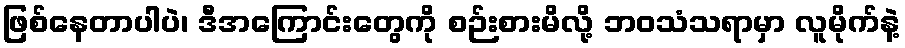
ဖြစ်နေတာပါပဲ၊ ဒီအကြောင်းတွေကို စဉ်းစားမိလို့ ဘဝသံသရာမှာ လူမိုက်နဲ့